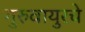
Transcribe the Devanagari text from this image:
गुरुवायुरचे